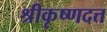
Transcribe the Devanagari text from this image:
श्रीकृष्णदत्त